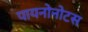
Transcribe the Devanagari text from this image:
पायनोनोटस